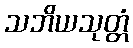
သဘိယသုတ္တံ